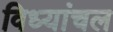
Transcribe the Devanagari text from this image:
विध्यांचल